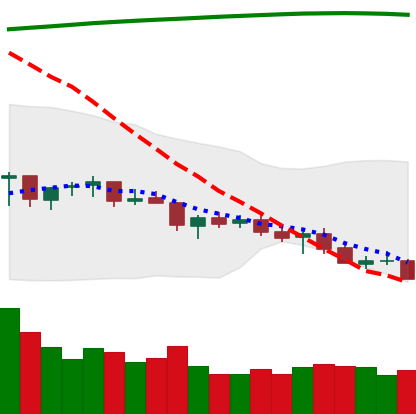
Ticker: TRX-USD
Chart end date: 2021-07-19
Forward return: 7.293%
Label: up_7plus